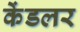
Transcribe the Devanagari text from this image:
केंडलर